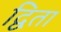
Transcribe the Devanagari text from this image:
द्विता